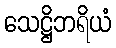
သေဋ္ဌိဘရိယံ